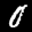
Label: 0